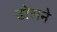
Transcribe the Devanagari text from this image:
ढोलने